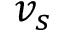
v _ { s }